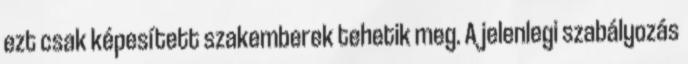
ezt csak képesített szakemberek tehetik meg. A jelenlegi szabályozás